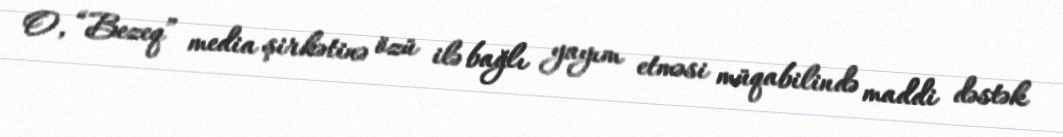
O, “Bezeq” media şirkətinə özü ilə bağlı yayım etməsi müqabilində maddi dəstək